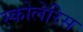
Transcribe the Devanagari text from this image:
स्कोलेरिस